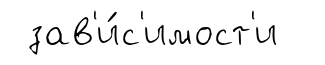
зав'и́с'имост'и